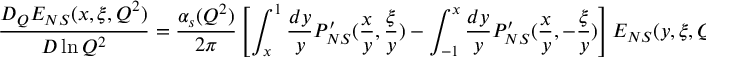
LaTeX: { \frac { D _ { Q } E _ { N S } ( x , \xi , Q ^ { 2 } ) } { D \ln Q ^ { 2 } } } = { \frac { \alpha _ { s } ( Q ^ { 2 } ) } { 2 \pi } } \left[ \int _ { x } ^ { 1 } { \frac { d y } { y } } P _ { N S } ^ { \prime } ( { \frac { x } { y } } , { \frac { \xi } { y } } ) - \int _ { - 1 } ^ { x } { \frac { d y } { y } } P _ { N S } ^ { \prime } ( { \frac { x } { y } } , - { \frac { \xi } { y } } ) \right] E _ { N S } ( y , \xi , Q ^ { 2 } ) \ ,